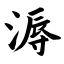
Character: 溽